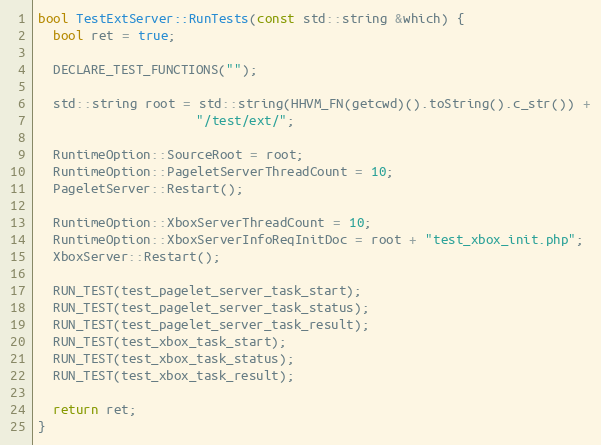
Language: C++
bool TestExtServer::RunTests(const std::string &which) {
  bool ret = true;

  DECLARE_TEST_FUNCTIONS("");

  std::string root = std::string(HHVM_FN(getcwd)().toString().c_str()) +
                     "/test/ext/";

  RuntimeOption::SourceRoot = root;
  RuntimeOption::PageletServerThreadCount = 10;
  PageletServer::Restart();

  RuntimeOption::XboxServerThreadCount = 10;
  RuntimeOption::XboxServerInfoReqInitDoc = root + "test_xbox_init.php";
  XboxServer::Restart();

  RUN_TEST(test_pagelet_server_task_start);
  RUN_TEST(test_pagelet_server_task_status);
  RUN_TEST(test_pagelet_server_task_result);
  RUN_TEST(test_xbox_task_start);
  RUN_TEST(test_xbox_task_status);
  RUN_TEST(test_xbox_task_result);

  return ret;
}